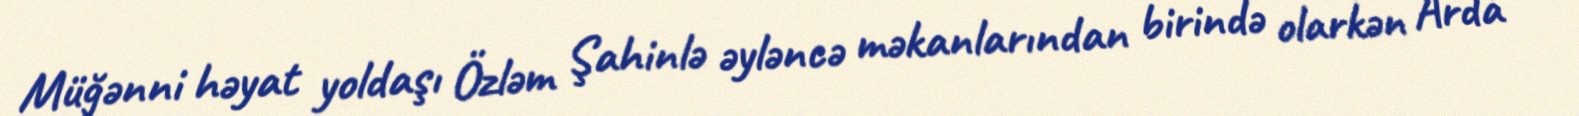
Müğənni həyat yoldaşı Özləm Şahinlə əyləncə məkanlarından birində olarkən Arda